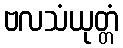
ဗလသံယုတ္တံ